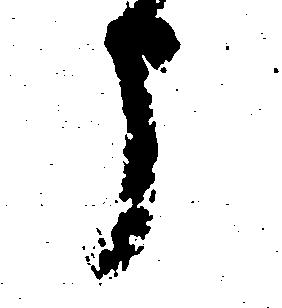
う